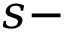
s -